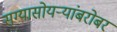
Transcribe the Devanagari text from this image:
सग्यासोयर्‍यांबरोबर